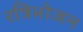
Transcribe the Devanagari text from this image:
रत्रिभोजन